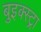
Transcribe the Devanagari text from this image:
बुइक्स्ट्रा